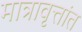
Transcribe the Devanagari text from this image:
मात्रावृत्तांत